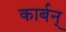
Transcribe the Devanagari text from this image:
कार्बन्